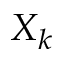
X _ { k }